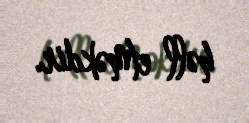
həll etməkdir.